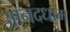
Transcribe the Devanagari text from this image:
आनंदधाम